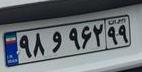
۹۸و۹۶۲۹۹